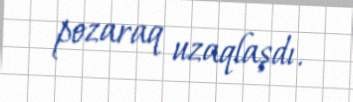
pozaraq uzaqlaşdı.